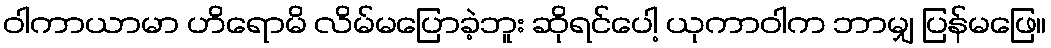
ဝါကာယာမာ ဟိရောမိ လိမ်မပြောခဲ့ဘူး ဆိုရင်ပေါ့ ယုကာဝါက ဘာမျှ ပြန်မဖြေ။